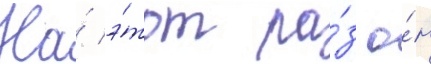
На́ э́тот ра́з о́н